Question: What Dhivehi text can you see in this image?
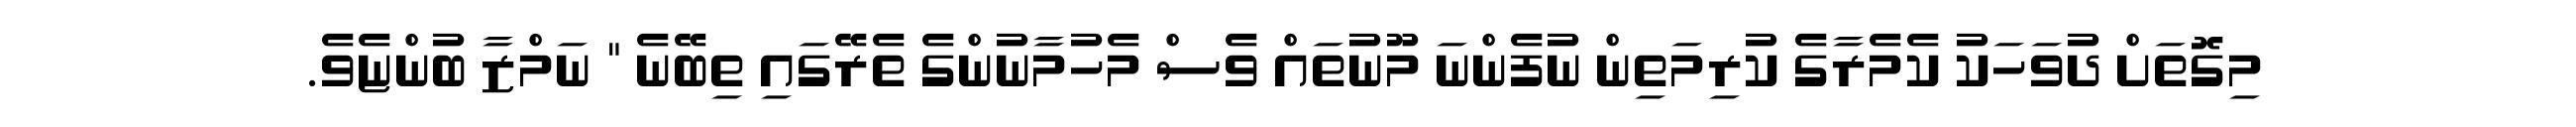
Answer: މިގޮތަށް ދުވަހަކު ކެމެރާގެ ކުރިމަތިން ނުފެންނަ މޫނުތައް ވެސް މެހުމާނުންގެ ތެރޭގައި ތިބޭނެ " ނަމްޒާ ބުންޏެވެ.